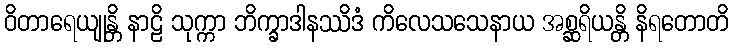
ဝိတာရေယျုန္တိ နာဠိ သုက္ကာ ဘိက္ခာဒါနဿိဒံ ကိလေသသေနာယ အစ္ဆရိယန္တိ နိရတောတိ